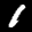
Label: 1